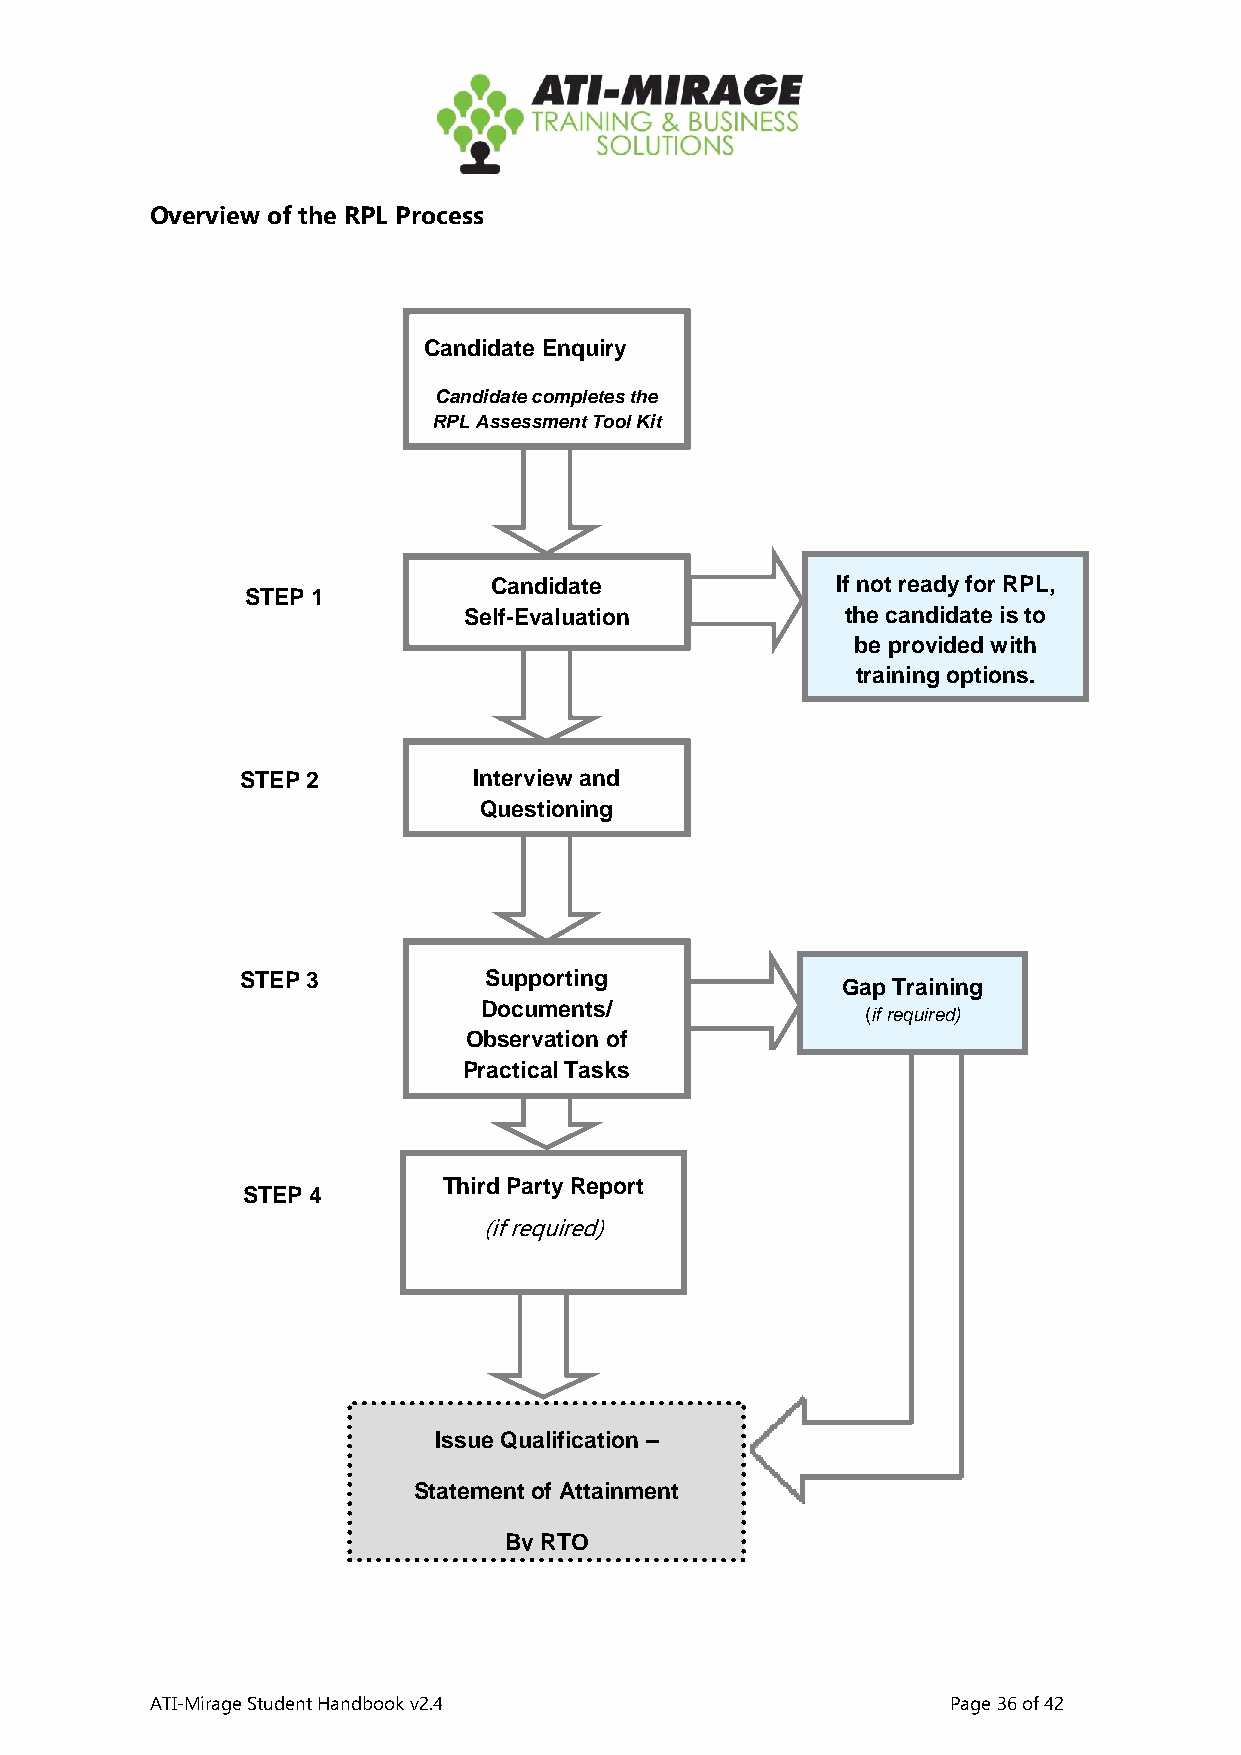
Overview of the RPL Process
 Candidate Enquiry
 Candidate completes the
 RPL Assessment Tool Kit
 Candidate              If not ready for RPL,
 STEP 1
 Self-Evaluation          the candidate is to
 be provided with
 training options.
 STEP 2         Interview and
 Questioning
 STEP 3          Supporting
 Gap Training
 Documents/
 (if required)
 Observation of
 Practical Tasks
 Third Party Report
 STEP 4
 (if required)
 Issue Qualification –
 Statement of Attainment
 By RTO
 ATI-Mirage Student Handbook v2.4                     Page 36 of 42